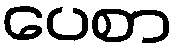
ပေစာ